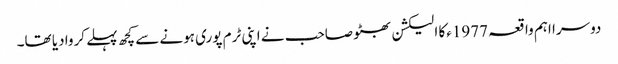
دوسرا اہم واقعہ 1977ءکا الیکشن بھٹو صاحب نے اپنی ٹرم پوری ہونے سے کچھ پہلے کروا دیا تھا۔